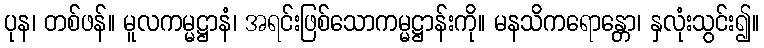
ပုန၊ တစ်ဖန်။ မူလကမ္မဋ္ဌာနံ၊ အရင်းဖြစ်သောကမ္မဋ္ဌာန်းကို။ မနသိကရောန္တော၊ နှလုံးသွင်း၍။